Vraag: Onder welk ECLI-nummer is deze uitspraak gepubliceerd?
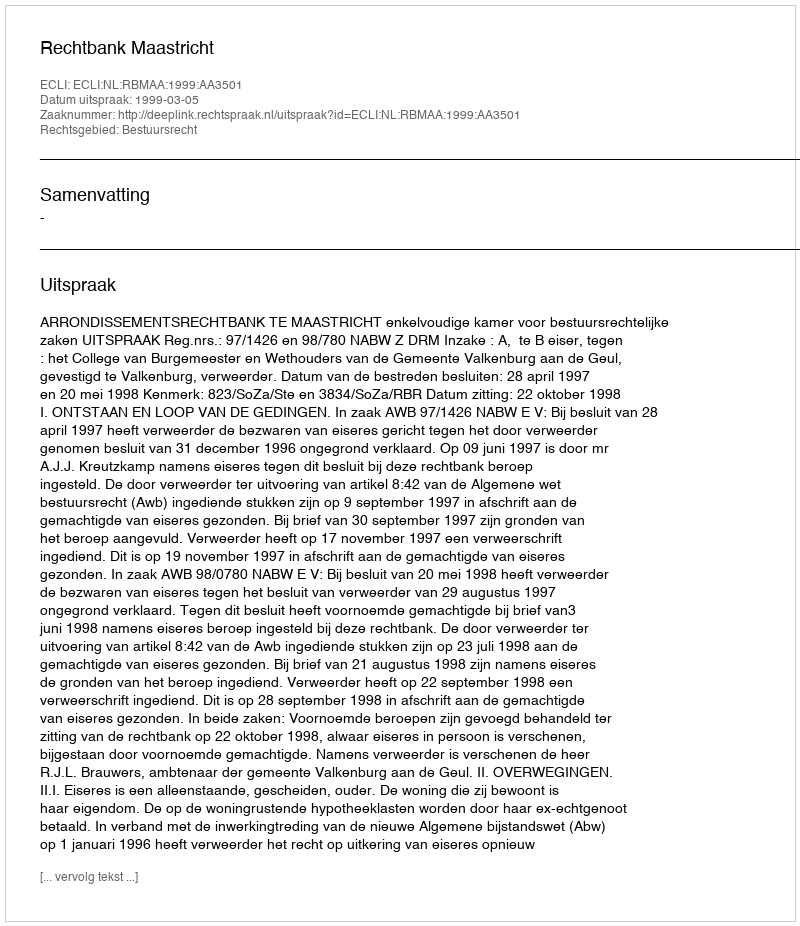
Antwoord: ECLI:NL:RBMAA:1999:AA3501